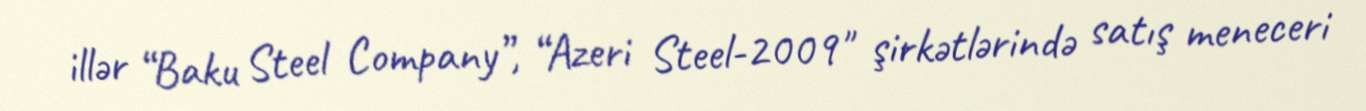
illər “Baku Steel Company”, “Azeri Steel-2009" şirkətlərində satış meneceri